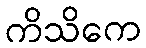
ကိသိကေ